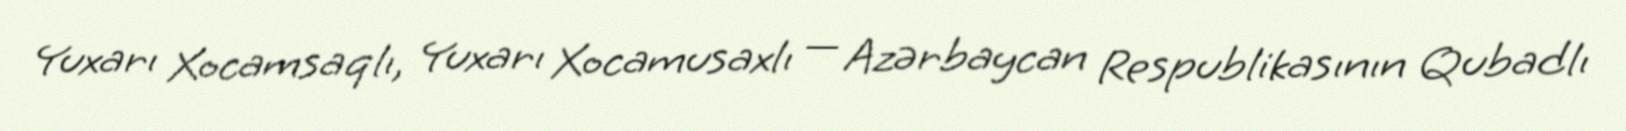
Yuxarı Xocamsaqlı, Yuxarı Xocamusaxlı — Azərbaycan Respublikasının Qubadlı